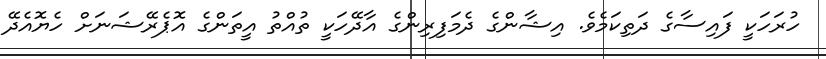
ހުރަހަކީ ފައިސާގެ ދަތިކަމެވެ. އިޝާންގެ ދެމަފިރިންގެ އާދޭހަކީ ތުއްތު އީތަންގެ އޮޕެރޭޝަނަށް ހެޔޮއެދޭ